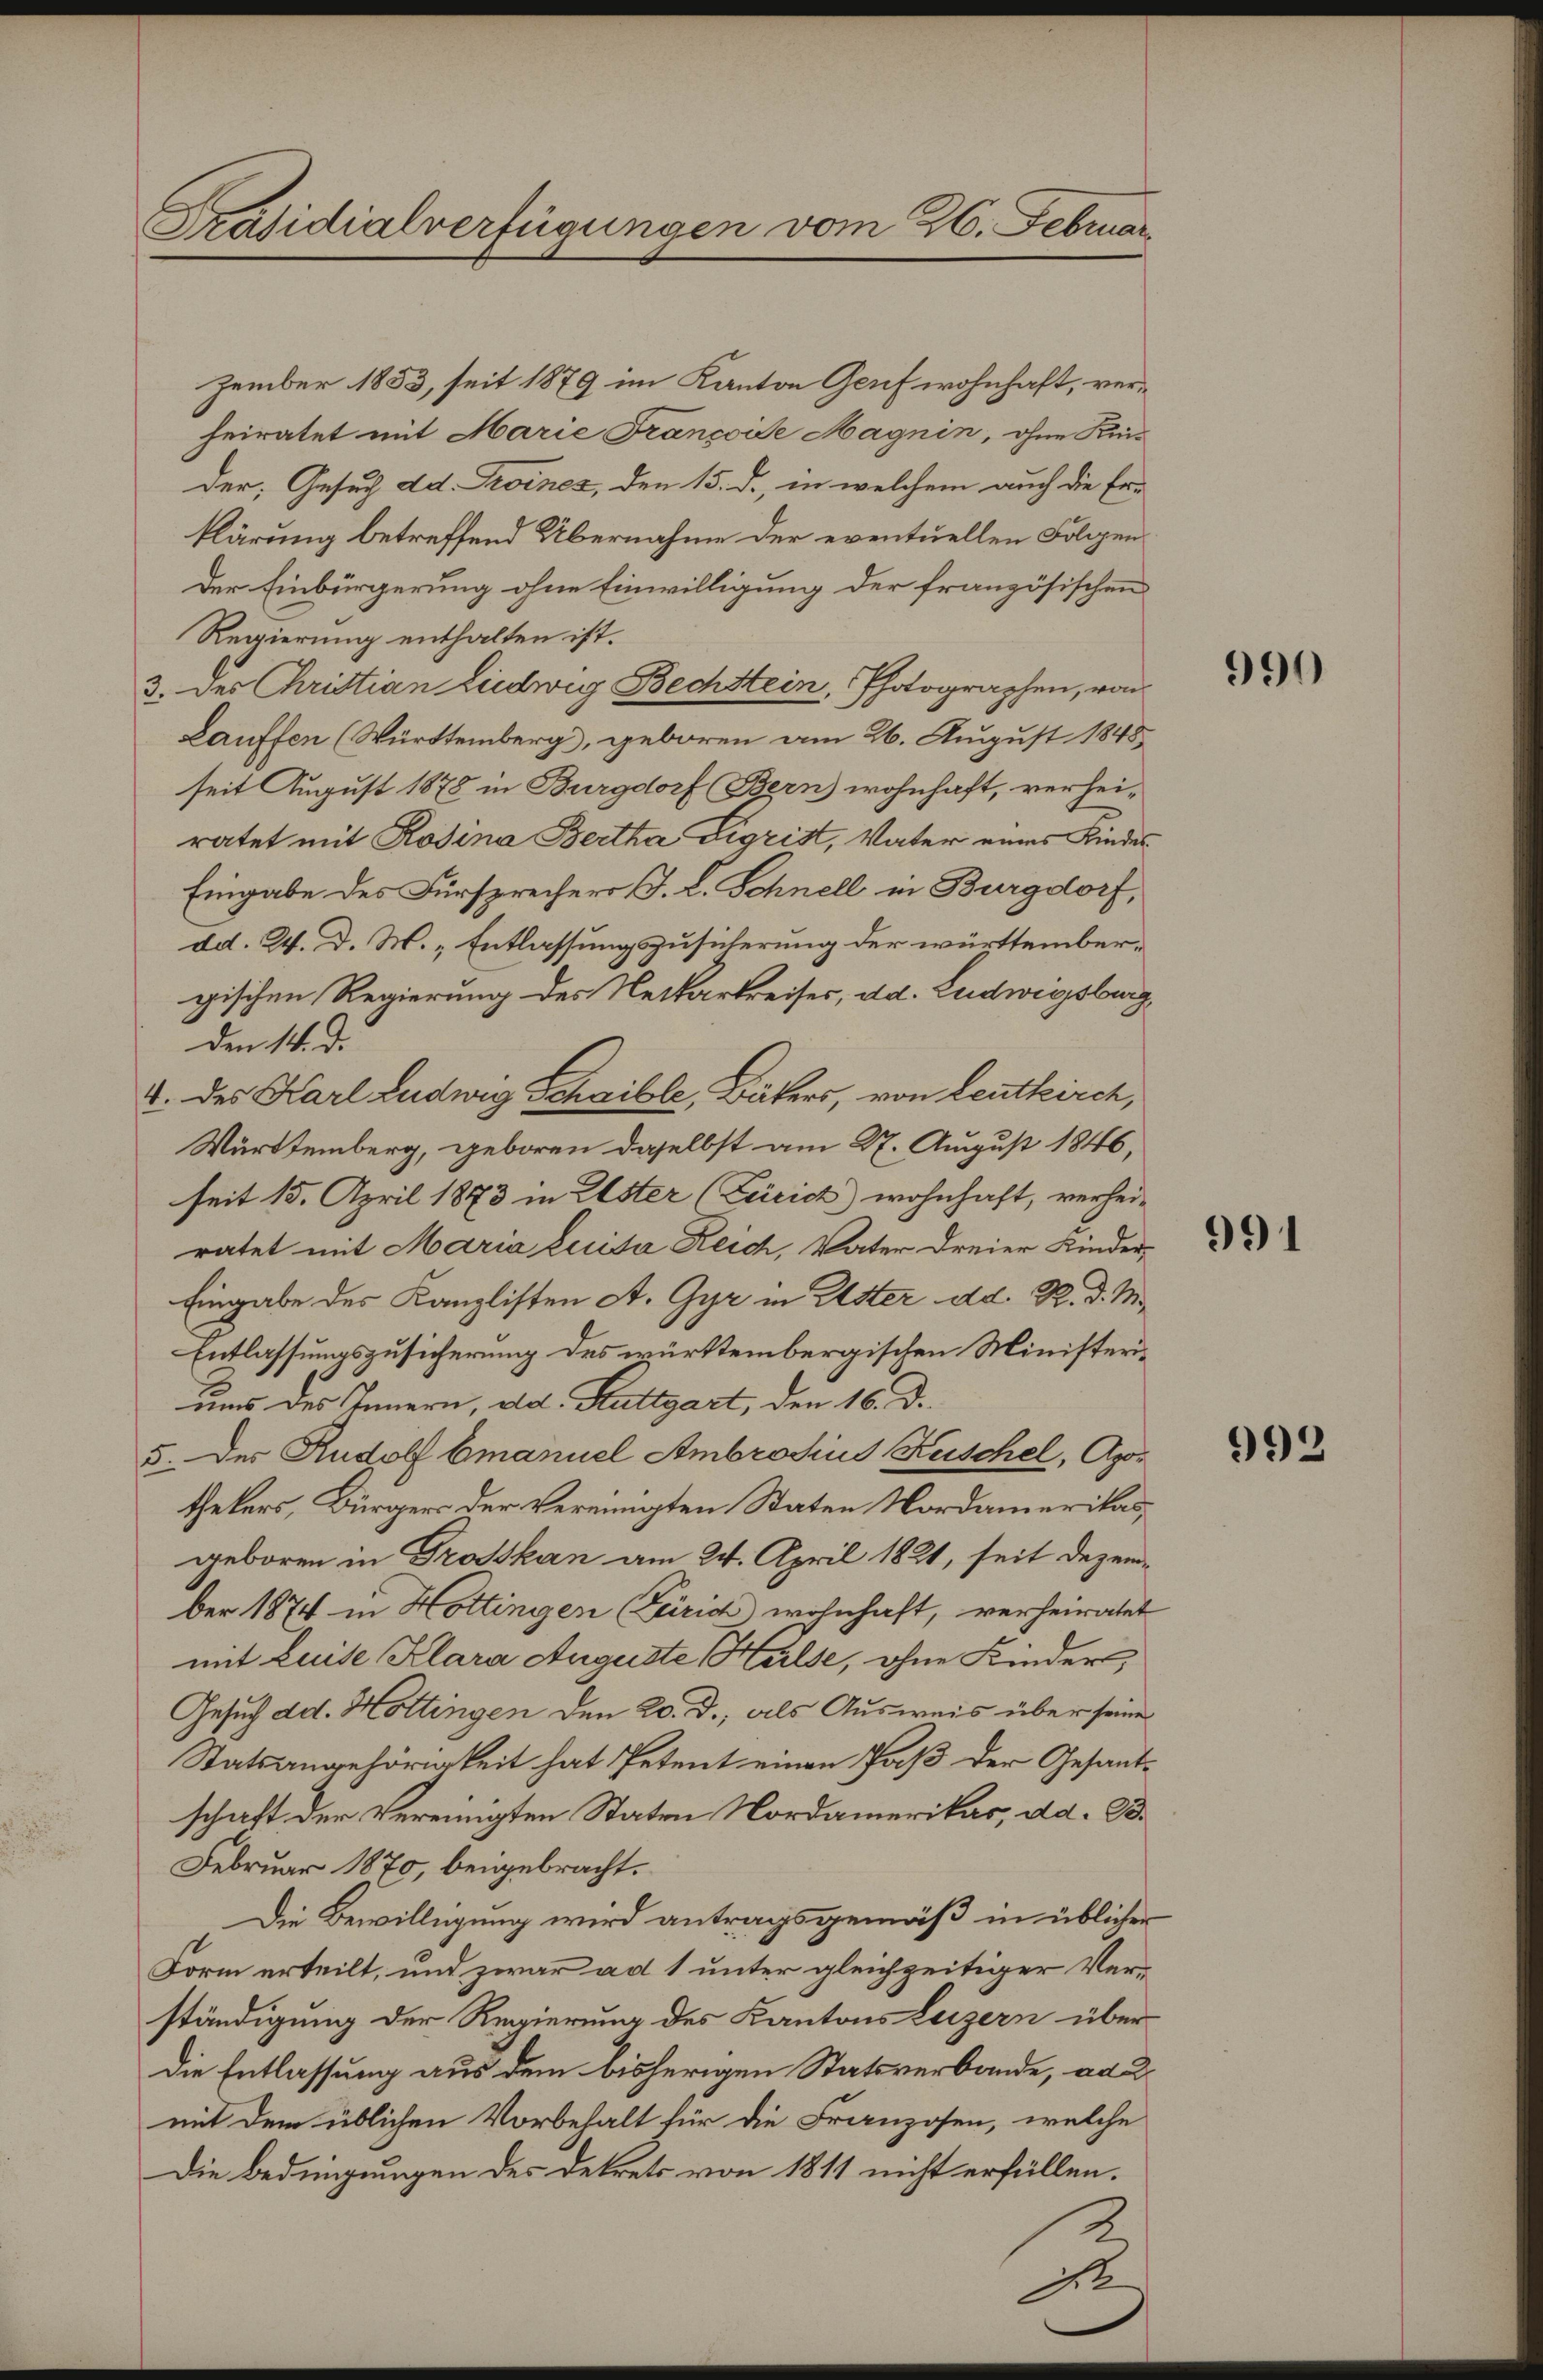
Präsidialverfügungen vom 26. Februar.

zember 1853, seit 1879 im Kanton Genf wohnhaft, verheiratet mit Marie Françoise Magnin, ohne Kei-
der, Gesuch dd. Troines, den 15. d., in welchem auch die Er-
klärung betreffend Übernahme der eventuellen Folgen¬
Der Einbürgerung ohne Einwilligung der französischen
Regierung enthalten ist.
3. des Christian Ludwig Bechstein, Photographen, von
Lauffen (Württemberg), geboren am 26. August 1848
seit August 1878 in Burgdorf Bern wohnhaft, verhei-
ratet mit Rosina Bertha Sigrist, Vater eines Kindes
Eingabe des Fürsprechers J. L. Schnell in Burgdorf,
dd. W. D. W. „Entlassungszusicherung der württembergischen Regierung des Netkarkreises, ad. Ludwigsburg
den 14. d.
2. des Karl Ludwig Schaible, Bäkers, von Leutkirch,
Württemberg, geboren daselbst am 27. August 1846,
seit 15. April 1873 in Ester (Leirich) wohnhaft, verhei-
ratet mit Maria Luisa Reich, Vater dreier Kinder,
Eingabe des Kanzlisten A. Gyr in Uster dd. R. d. M.
Entlassungszusicherung des württembergischen Ministeriums des Innern, dd. Stuttgart, den 16. d.
5. Der Rudolf Emanuel Ambrosius Kuschel, Apothekers, Bürgers der Vereinigten Staten Nordamerikas,
geboren in Grosskan am 24. April 1821, seit Dezember 1874 in Hottingen (Zürich wohnhaft, verheiratet
mit Luise Klara Auguste Halse, ohne Kinders
Gesuch ad. Hottingen den 20. D., als Ausweis über seine
Statsangehörigkeit hat Petent einen Paß der Gesandschaft der Vereinigten Staten Nordamerikas, ad. B.
Februar 1870, beigebracht.
Die Bewilligung wird antragsgemäß in üblicher
Form erteilt, und zwar ad 1 unter gleichzeitiger Verständigung der Regierung des Kantons Luzern über
Die Entlassung aus dem bisherigen Statsverbande, ad 2.
mit dem üblichen Vorbehalt für die Franzosen, welche
Die Bedingungen des Dekrets von 1811 nicht erfüllen.

990

991

992